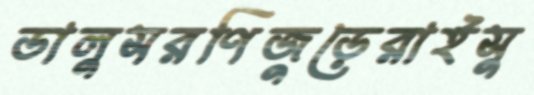
ডালুসরণিজুড়েরাইসু